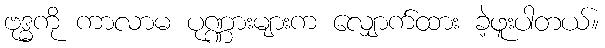
ဗုဒ္ဓကို ကာလာမ ပုဏ္ဏားများက လျှောက်ထား ခဲ့ဖူးပါတယ်။